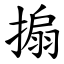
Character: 搧